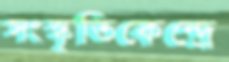
সংস্কৃতিকেন্দ্রে